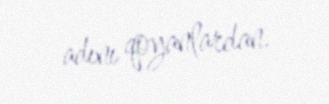
adını qoyanlardan.